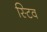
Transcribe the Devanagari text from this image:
स्टिव